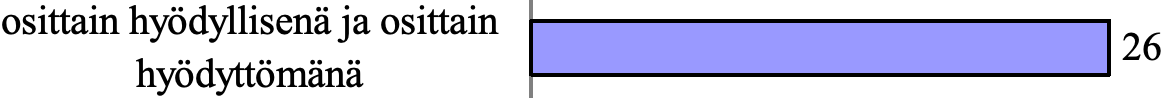
osittain hyödyllisenä ja osittain 26 hyödyttömänä